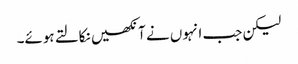
لیکن جب انہوں نے آنکھیں نکالتے ہوئے۔